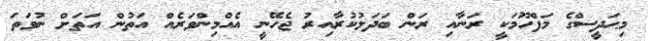
މިޙަދީސްގެ މަފްހޫމަކީ ރަނާއި ރަން ބަދަލުކުރާއިރު ޖެހޭނީ އެއްމިންވަރެއް އަތުން އަތަށް ނުވަތަ